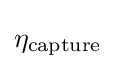
\eta _{\text{capture}}